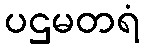
ပဌမတရံ